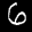
Label: 6